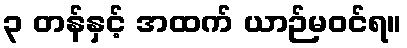
၃ တန်နှင့် အထက် ယာဉ်မဝင်ရ။